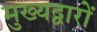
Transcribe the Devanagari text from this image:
मुख्यद्वारों